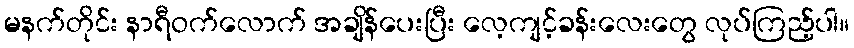
မနက်တိုင်း နာရီဝက်လောက် အချိန်ပေးပြီး လေ့ကျင့်ခန်းလေးတွေ လုပ်ကြည့်ပါ။